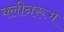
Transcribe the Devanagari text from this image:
क्लीनरूम